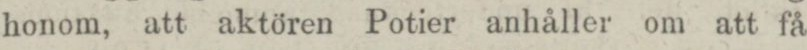
honom, att aktören Potier anhåller om att få